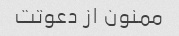
ممنون از دعوتت